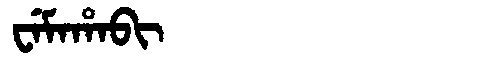
Manchu: ᠸᡝᠮᠠᡥᠠᠪᡳ
Romanization: WEMAHABI